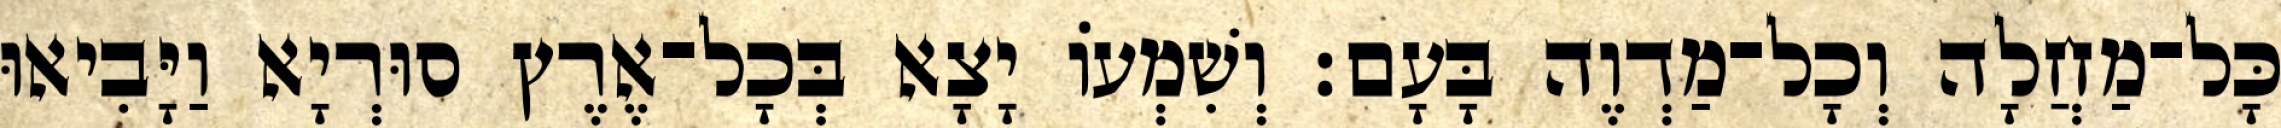
כָּל־מַחֲלָה וְכָל־מַדְוֶה בָּעָם׃ וְשִׁמְעוֹ יָצָא בְּכָל־אֶרֶץ סוּרְיָא וַיָּבִיאוּ